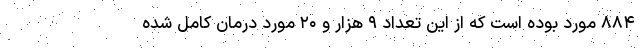
۸۸۴ مورد بوده است که از این تعداد ۹ هزار و ۲۰ مورد درمان کامل شده